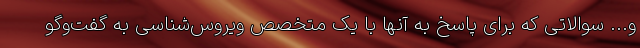
و... سوالاتی که برای پاسخ به آنها با یک متخصص ویروس‌شناسی به گفت‌وگو